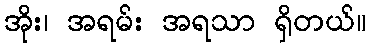
အိုး၊ အရမ်း အရသာ ရှိတယ်။